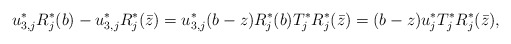
\begin{align*} u_{3,j}^*R_j^*(b) -u_{3,j}^*R_j^*(\bar z) = u_{3,j}^* (b-z)R_j^*(b) T_j^* R_j^*(\bar z) = (b-z) u_{j}^* T_j^* R_j^*(\bar z), \end{align*}